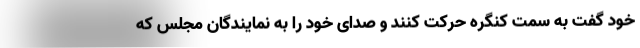
خود گفت به سمت کنگره حرکت کنند و صدای خود را به نمایندگان مجلس که